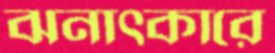
ঝনাত্কারে